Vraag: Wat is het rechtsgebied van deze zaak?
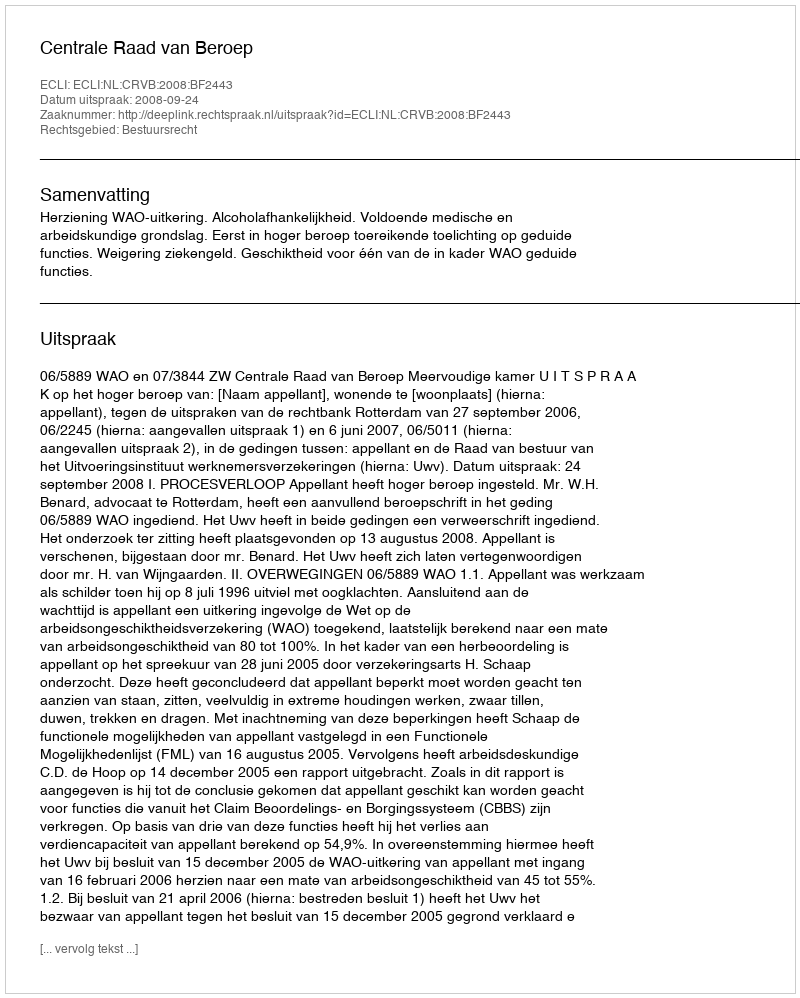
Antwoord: Bestuursrecht